Vana-Antsla_vallavalitsus, lk 167
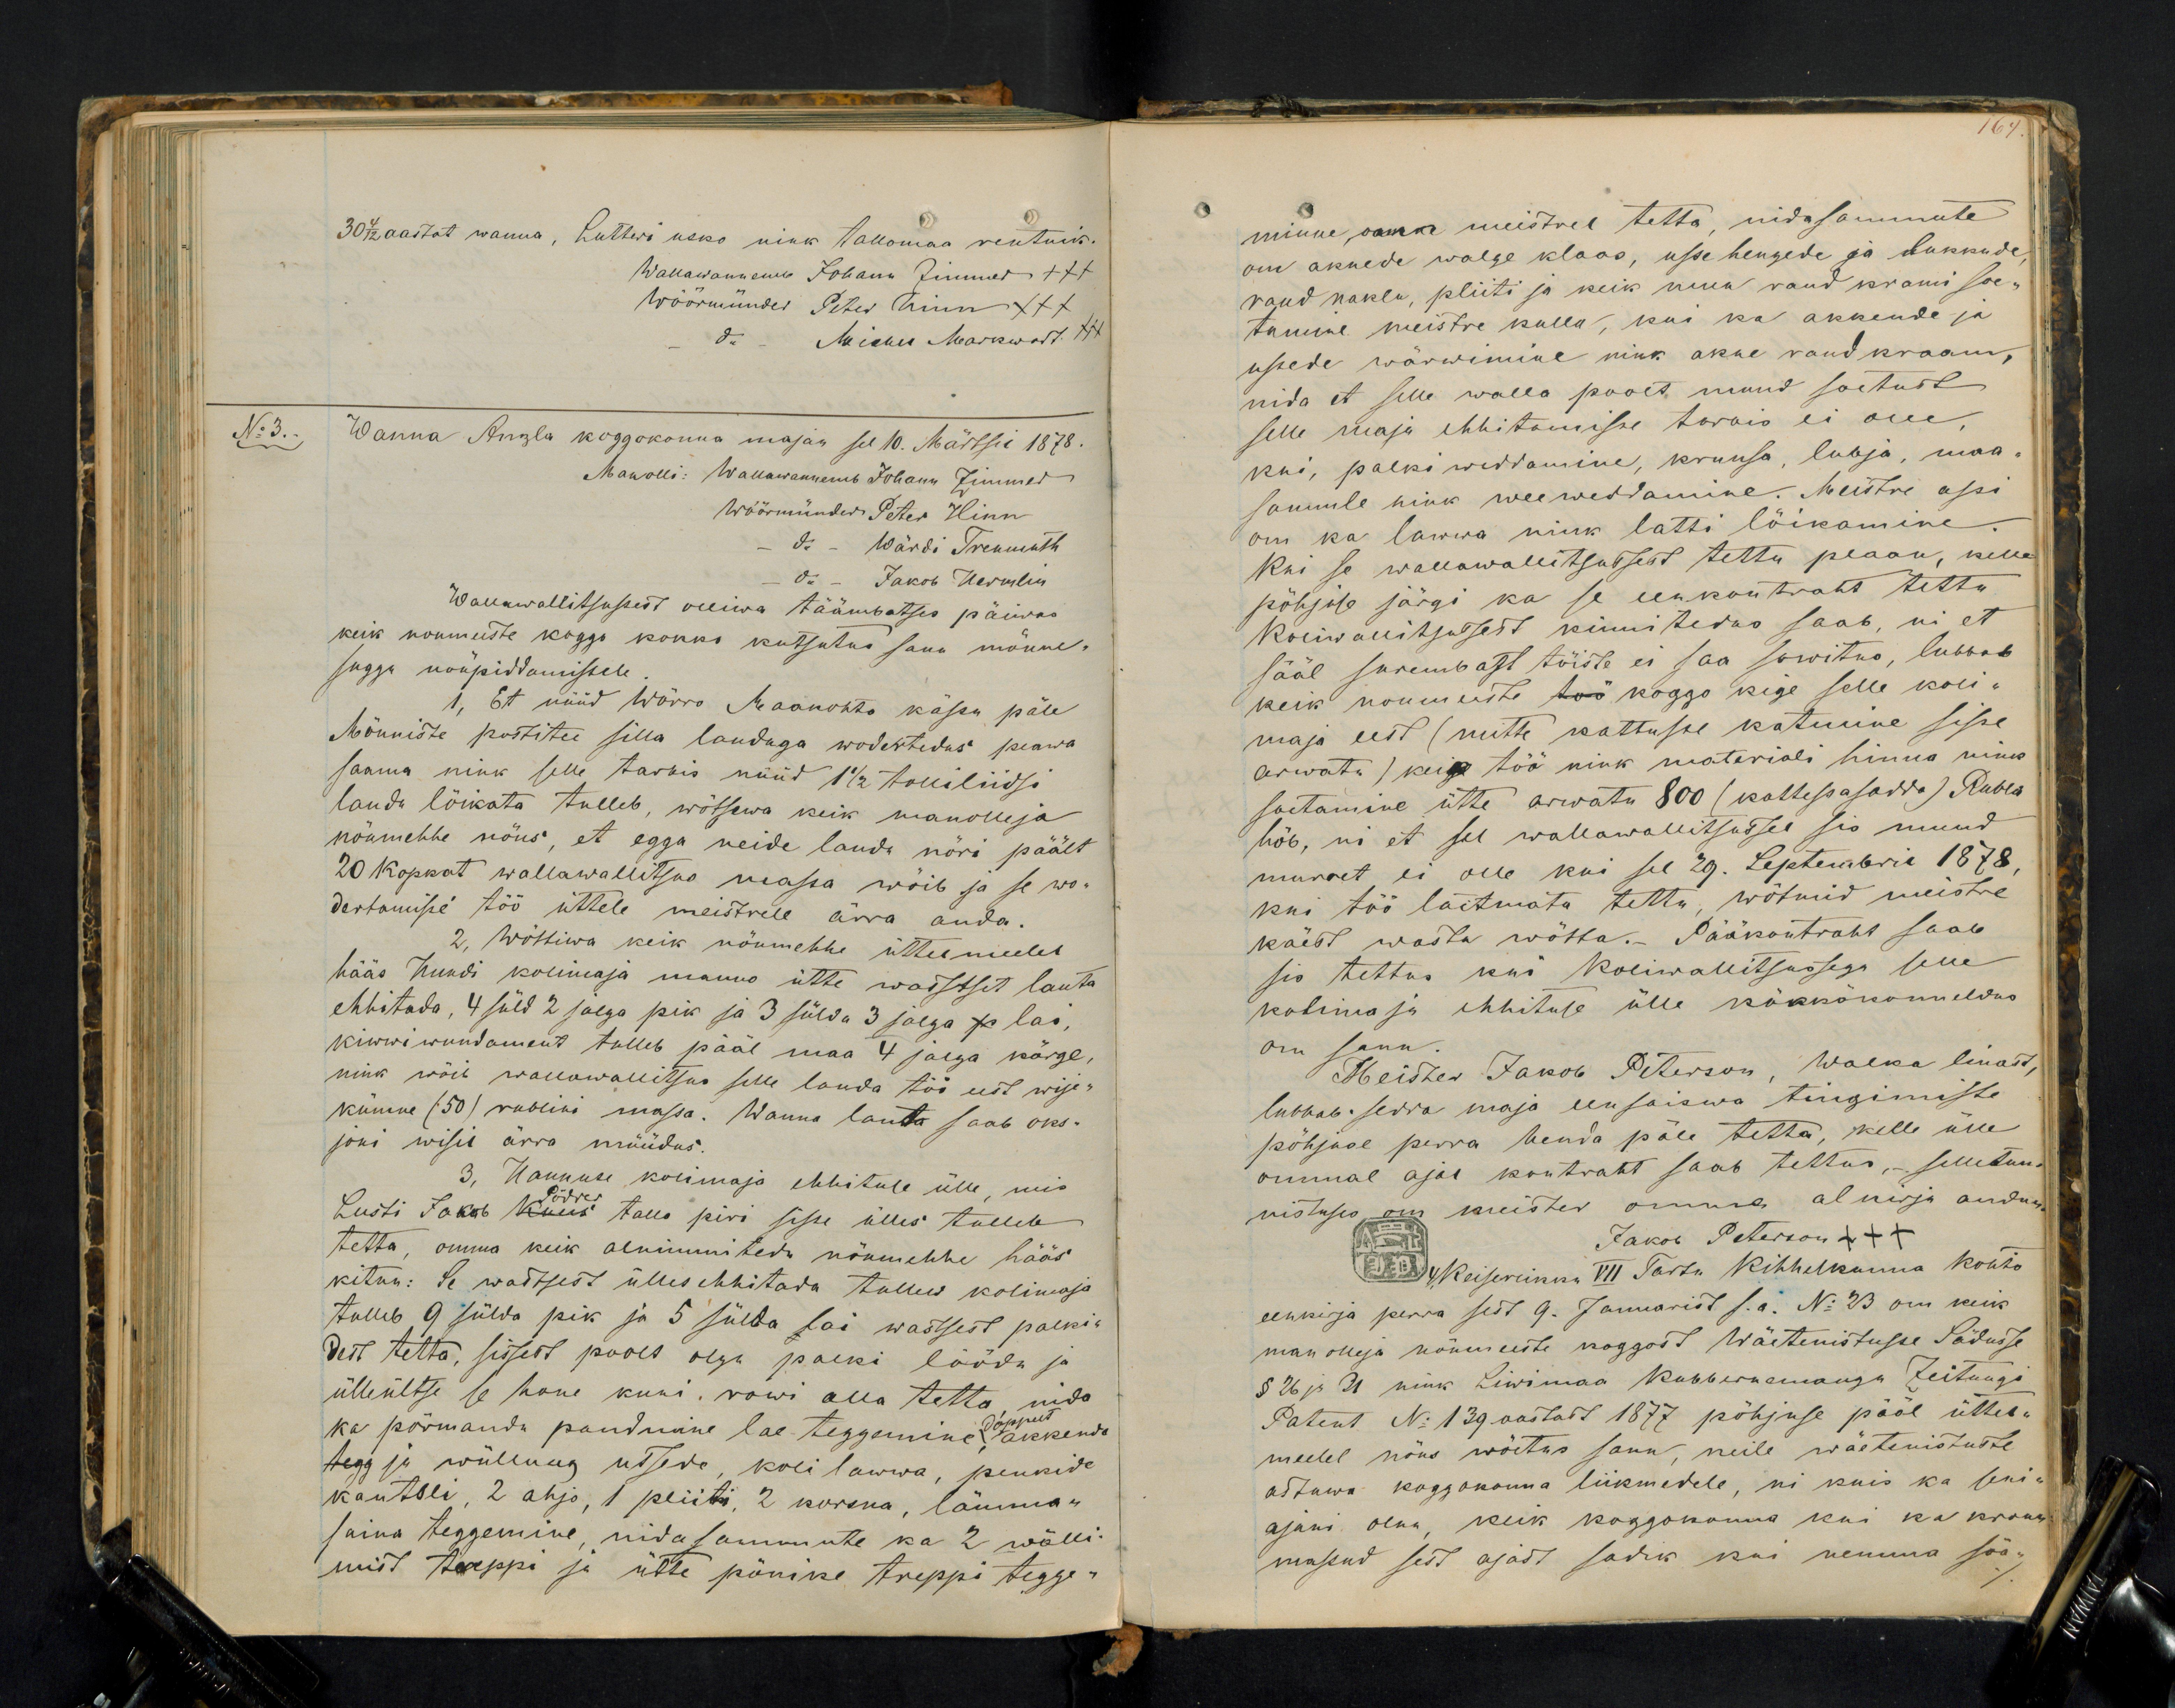
30 4/12 aastat wanna, Lutheri usko nink tallomaa rentnik.
Wallawanema Johann Zimmer +++
Wöörmünder Peter Hinn XXX
do. Michel Markwart. xxx
No 3.
Wanna Anzla koggokonna majan sel 10. Märtsil 1878.
Man olli: Wallawannemb Johann Zimmer
Wöörmünder Peter Hinn
do - Wärdi Tremmuth
do - Jakob Hermlin
Wallawalitsusest olliwa täämbatses päiwas
keik noumuste koggo kokko kutsutud sanu mõnne-
suggu nöupidamistele.
Et nüüd Wörro Maakohto kässu päle
Mönniste postitee silla lauduga wodertedus peawa
saama nink selle tarvis nüüd 1 1/2 tolliliidsi
lauda löikata tulleb, wõtsewa keik manolleja
nöumehhe nöus, et egga neide lauda nöri päält
20 kopkat wallawallitsus massa wöib ja se wo-
dertamisse töö üttele meistrele ärra anda.
2 wöttiwa keik nöumehhe üttelmeelel
hääs Hundi kolimaja manno ütte waistset lauta
ehhitada, 4 süld 2 jalga pik ja 3 sülda 3 jalga p lai
kiwwi wundament tulleb pääl maa 4 jalga körge,
nink wöib wallawallitsus selle lauda töö eest wije-
kümne (50) rublini massa. Wanna lauta saab oks-
joni wisil ärra müüdus.
3. Hannuse kolimaja ehhituse ülle, mis
Lusti Jakob Kuus Pödder tallo piri sisse ülles tulleb
tetta, omma keik alnimmitedu nöumehhe hääs
kitnu: Se wastsest üllesehhitada tullus kolimaja
tuleb 9 sülda pik ja 5 sülda lai wastsest palki-
dest tetta, sissest poolt olgu palki löödu ja
ülleültse se hone kuni rowi alla tetta nida
ka pörmandu pandmine lae teggemine doppelt akkende
tegg ja wüllnug ussede koli lawwa, penkide
kantsli, 2 ahjo, 1 pliiti, 2 korsna, läuma-
saina teggemine, mida sammute ka 2 wälli-
mist treppi ja ütte pönike treppi tegge-

minne oma meistrel tetta nidasammute
om aknede walge klaas, usse hengede ja lukkude
raud naklu, pliiti ja keik uwe raud krami soe-
tamine meistre kullu, kui ka akkende ja
ussede wärwimine nink akne raud kraam,
nida et selle walla poolt muud soetust
selle maja ehhitamisse tarwis ei olle
kui, palki weddamine, kruusa, lubja, maa-
sannule nink wee weddamine. Meistre assi
om ka lawwa nink latti lõikamine.
Kui se wallawallitsussest tettu plaan, kelle
põhjuse järgi ka se eenkontraht tettu
Koliwallitsussest kinnitedus saab, nii et
sääl surembast töiste ei saa sowitus, lubbab
keik noumeeste töö koggo kige selle koli-
maja eest (mitte kattusse katmine sisse
arwatu) keige töö nink materiali hinna nink
soetamine ütte arwatu 800 (kattesasadda) Rubla
höb, ni et sel wallawallitsusse sis muud
murret ei olle kui sel 29. Septembril 1878
kui töö laitmata tettu, wötmid meistre
käest wasta wötta. Pääkontraht saab
sis tettus kui Koliwallitsussega selle
kolimaja ehhituse ülle kökköukonneldus
om sanu.
Meister Jakob Peterson, Walka linast,
lubbab sedda maja eenseiswa tingimiste
pöhjuse perra henda päle tehta, kelle ülle
ommal ajas kontraht saab tettus, selletun-
nistuses om meister omma alkirja andnu
Jakob Peterson +++
Keiserlikku VII Tartu Kihhelkonna kohto
eenkirja perra sest 9. Januarist s.a. No 23 om keik
man oleja nöumeeste koggost Wäeteenistusse Sädusse
§ 26 ja 31 nink Liwimaa Kubbermangu Zeitungi
Patent No 139 aastast 1877 põhjuse pääl üttel-
meelel nöus wöetus sanu, neile wäeteenistusse
astuwa koggokonna liikmedele, ni kuis ka seni-
ajani olnu, keik koggokonna kui ka kroon
massud sest ajast sadik kui nemma sää-